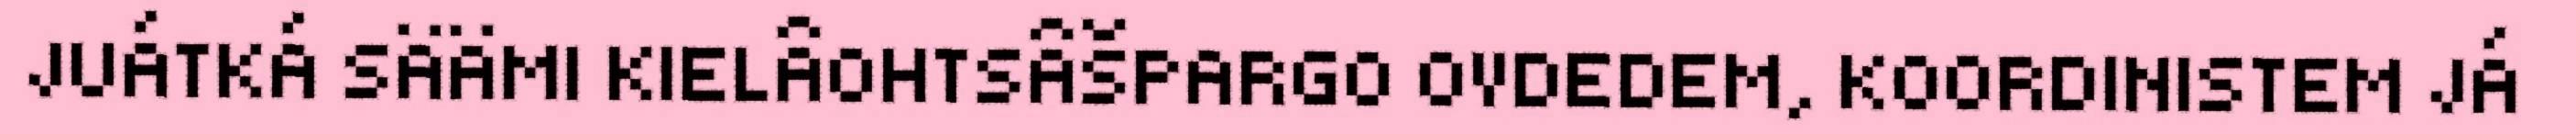
JUÁTKÁ SÄÄMI KIELÂOHTSÂŠPARGO OVDEDEM, KOORDINISTEM JÁ